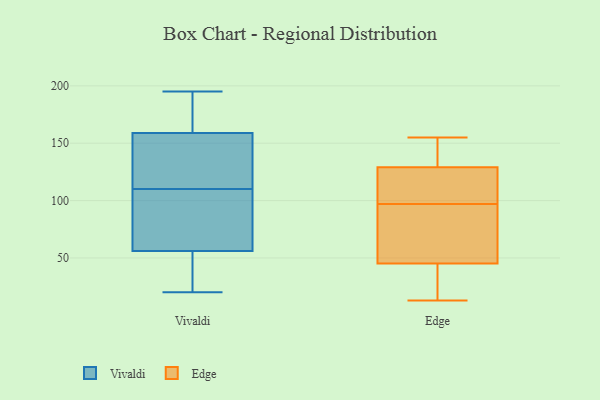
{"axis": {"x": "Energy Usage (MWh)", "y": "Value"}, "legend": ["Edge", "Vivaldi"], "data": [{"x": "", "y": 23, "type": "Vivaldi"}, {"x": "", "y": 157, "type": "Vivaldi"}, {"x": "", "y": 20, "type": "Vivaldi"}, {"x": "", "y": 91, "type": "Vivaldi"}, {"x": "", "y": 42, "type": "Vivaldi"}, {"x": "", "y": 161, "type": "Vivaldi"}, {"x": "", "y": 156, "type": "Vivaldi"}, {"x": "", "y": 37, "type": "Vivaldi"}, {"x": "", "y": 118, "type": "Vivaldi"}, {"x": "", "y": 128, "type": "Vivaldi"}, {"x": "", "y": 70, "type": "Vivaldi"}, {"x": "", "y": 73, "type": "Vivaldi"}, {"x": "", "y": 102, "type": "Vivaldi"}, {"x": "", "y": 169, "type": "Vivaldi"}, {"x": "", "y": 195, "type": "Vivaldi"}, {"x": "", "y": 179, "type": "Vivaldi"}, {"x": "", "y": 37, "type": "Edge"}, {"x": "", "y": 13, "type": "Edge"}, {"x": "", "y": 124, "type": "Edge"}, {"x": "", "y": 124, "type": "Edge"}, {"x": "", "y": 48, "type": "Edge"}, {"x": "", "y": 144, "type": "Edge"}, {"x": "", "y": 94, "type": "Edge"}, {"x": "", "y": 110, "type": "Edge"}, {"x": "", "y": 97, "type": "Edge"}, {"x": "", "y": 145, "type": "Edge"}, {"x": "", "y": 15, "type": "Edge"}, {"x": "", "y": 87, "type": "Edge"}, {"x": "", "y": 155, "type": "Edge"}]}